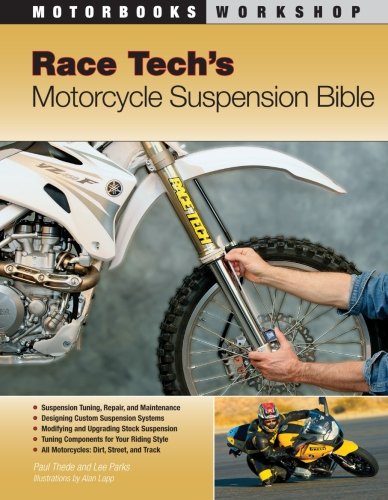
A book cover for Race Tech's Motorcycle Suspension Bible (Motorbooks Workshop); Paul Thede; Engineering & Transportation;